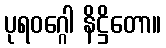
ပုရဝဂ္ဂေါ နိဋ္ဌိတော။